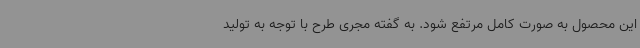
این محصول به صورت کامل مرتفع شود. به گفته مجری طرح با توجه به تولید